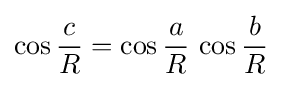
\cos {\frac {c}{R}}=\cos {\frac {a}{R}}\,\cos {\frac {b}{R}}